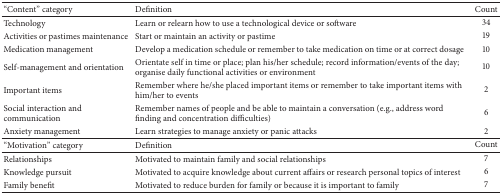
<table><thead><tr><td><b>“Content” category</b></td><td><b>Definition</b></td><td><b>Count</b></td></tr></thead><tbody><tr><td>Technology</td><td>Learn or relearn how to use a technological device or software</td><td>34</td></tr><tr><td>Activities or pastimes maintenance </td><td>Start or maintain an activity or pastime</td><td>19</td></tr><tr><td>Medication management</td><td>Develop a medication schedule or remember to take medication on time or at correct dosage</td><td>10</td></tr><tr><td>Self-management and orientation</td><td>Orientate self in time or place; plan his/her schedule; record information/events of the day; organise daily functional activities or environment</td><td>10</td></tr><tr><td>Important items</td><td>Remember where he/she placed important items or remember to take important items with him/her to events</td><td>2</td></tr><tr><td>Social interaction and communication</td><td>Remember names of people and be able to maintain a conversation (e.g., address word finding and concentration difficulties) </td><td>6</td></tr><tr><td>Anxiety management</td><td>Learn strategies to manage anxiety or panic attacks</td><td>2</td></tr><tr><td>“Motivation” category</td><td>Definition</td><td>Count</td></tr><tr><td>Relationships</td><td>Motivated to maintain family and social relationships</td><td>7</td></tr><tr><td>Knowledge pursuit</td><td>Motivated to acquire knowledge about current affairs or research personal topics of interest</td><td>6</td></tr><tr><td>Family benefit</td><td>Motivated to reduce burden for family or because it is important to family </td><td>7</td></tr></tbody></table>